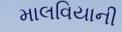
માલવિયાની